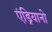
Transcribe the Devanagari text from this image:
एंड्रियानो